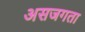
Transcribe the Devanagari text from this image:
असजगता